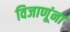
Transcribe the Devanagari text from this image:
विजाणूंना